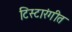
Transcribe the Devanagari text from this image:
टिस्टारंगीत